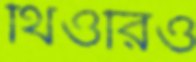
থিওরিও